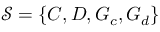
\mathcal { S } = \{ C , D , G _ { c } , G _ { d } \}